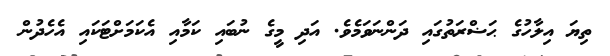
ތިޔަ އިލާހުގެ ޙަޟްރަތުގައި ދަންނަވަމެވެ. އަދި މީގެ ނުބައި ކަމާއި އެކަމަށްޓަކައި އެހެދުން